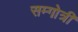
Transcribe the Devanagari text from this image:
सम्गोत्री